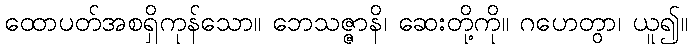
ထောပတ်အစရှိကုန်သော။ ဘေသဇ္ဇာနိ၊ ဆေးတို့ကို။ ဂဟေတွာ၊ ယူ၍။